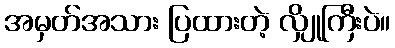
အမှတ်အသား ပြထားတဲ့ လျှိုကြီးပဲ။